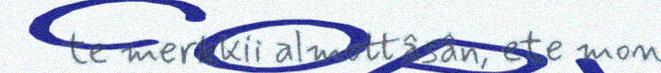
te merkkii almottâsân, ete mon